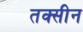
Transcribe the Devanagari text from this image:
तक्सीन